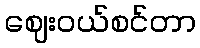
ဈေးဝယ်စင်တာ